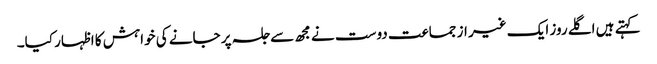
کہتے ہیں اگلے روز ایک غیر از جماعت دوست نے مجھ سے جلسہ پر جانے کی خواہش کا اظہار کیا۔